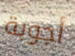
أجوبة